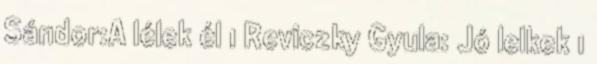
Sándor:A lélek él 1 Reviczky Gyula: Jó lelkek 1